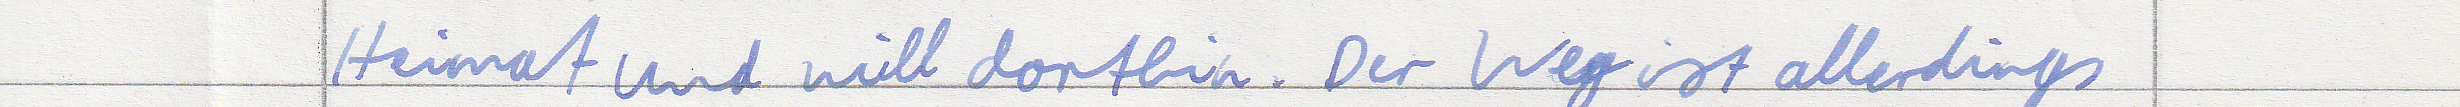
Heimat und will dorthin. Der Weg ist allerdings